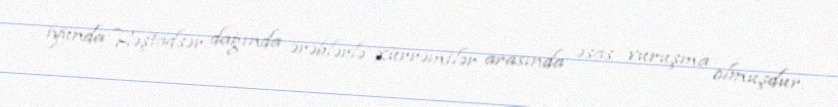
iyunda Həştadsər dağında ərəblərlə xürrəmilər arasında əsas vuruşma olmuşdur.